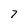
Character: 7